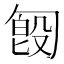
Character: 匓